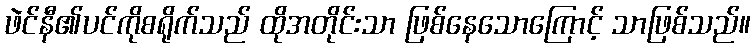
ဖဲင်နီ၏ပင်ကိုစရိုက်သည် ထိုအတိုင်းသာ ဖြစ်နေသောကြောင့် သာဖြစ်သည်။